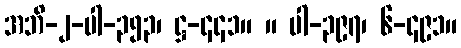
အဘိ-၂-ပါ-၃၅၃၊ ဋ္ဌ-၄၄၁။ ။ ပါ-၃၉၇၊ ၆-၄၉၁။